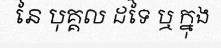
នៃ បុគ្គល ដទៃ ឬ ក្នុង